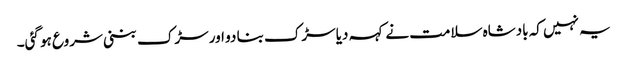
یہ نہیں کہ بادشاہ سلامت نے کہہ دیا سڑک بنا دو اور سڑک بننی شروع ہو گئی۔